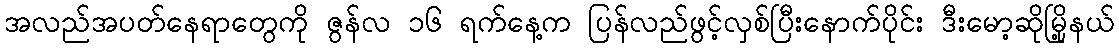
အလည်အပတ်နေရာတွေကို ဇွန်လ ၁၆ ရက်နေ့က ပြန်လည်ဖွင့်လှစ်ပြီးနောက်ပိုင်း ဒီးမော့ဆိုမြို့နယ်